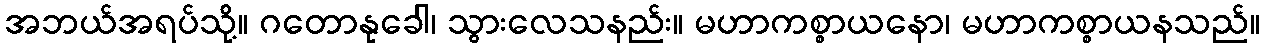
အဘယ်အရပ်သို့။ ဂတောနုခေါ၊ သွားလေသနည်း။ မဟာကစ္စာယနော၊ မဟာကစ္စာယနသည်။